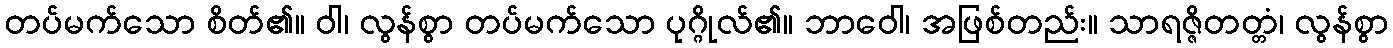
တပ်မက်သော စိတ်၏။ ဝါ၊ လွန်စွာ တပ်မက်သော ပုဂ္ဂိုလ်၏။ ဘာဝေါ၊ အဖြစ်တည်း။ သာရဇ္ဇိတတ္တံ၊ လွန်စွာ